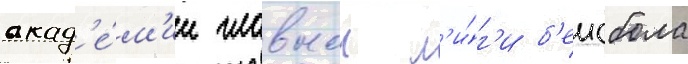
акад'е́м'ии главнои л'и́г'и б'еисбола